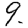
Digit: 9